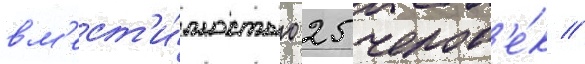
вм'ест'и́мостью 25 челов'е́к //